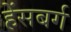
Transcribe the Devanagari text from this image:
हेंसबर्ग